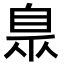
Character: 臮